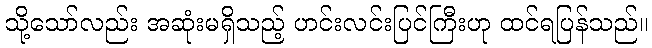
သို့သော်လည်း အဆုံးမရှိသည့် ဟင်းလင်းပြင်ကြီးဟု ထင်ရပြန်သည်။